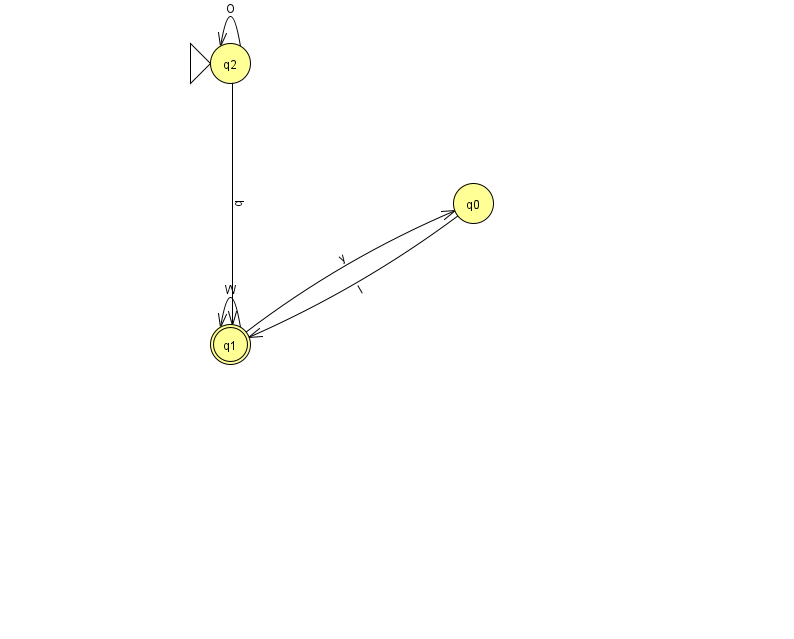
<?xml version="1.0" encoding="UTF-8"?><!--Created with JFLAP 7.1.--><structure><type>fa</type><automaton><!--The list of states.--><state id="0" name="q0"><x>473.0</x><y>190.0</y></state><state id="1" name="q1"><x>230.0</x><y>331.0</y><final/></state><state id="2" name="q2"><x>230.0</x><y>50.0</y><initial/></state><!--The list of transitions.--><transition><from>0</from><to>1</to><read>I</read></transition><transition><from>1</from><to>0</to><read>y</read></transition><transition><from>2</from><to>1</to><read>b</read></transition><transition><from>1</from><to>1</to><read>W</read></transition><transition><from>2</from><to>2</to><read>O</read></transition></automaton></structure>